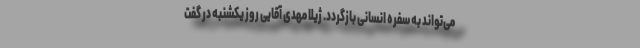
می‌تواند به سفره انسانی بازگردد. ژیلا مهدی آقایی روز یکشنبه در گفت